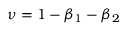
\nu = 1 - \beta _ { 1 } - \beta _ { 2 }